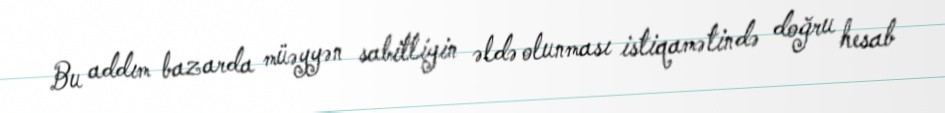
Bu addım bazarda müəyyən sabitliyin əldə olunması istiqamətində doğru hesab